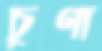
চুণা